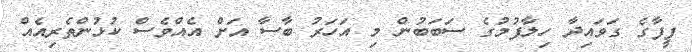
ފީފާގެ ގަވައިދާ ހިލާފުމުގެ ސަބަބުން މި އަހަރު ބާސާ އަށް އެއްވެސް ކުޅުންތެރިއެއް